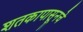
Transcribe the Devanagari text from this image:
शतकापासूनचे